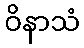
ဝိနာသံ